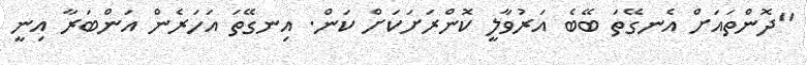
"ދޮންތައަށް އެނގޭތަ ބޭބެ އަރުވާލީ ކޮންރަށަކަށް ކަން. އިނގޭތަ އަހަރެން އަންބަރާ އިނީ